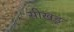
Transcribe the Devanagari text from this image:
सीखङ्